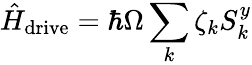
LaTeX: \hat{H}_{\mathrm{drive}}=\hbar\Omega\sum_{k}\zeta_{k}S_{k}^{y}